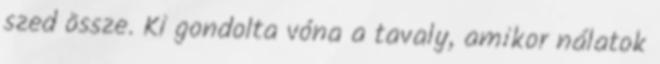
szed össze. Ki gondolta vóna a tavaly, amikor nálatok